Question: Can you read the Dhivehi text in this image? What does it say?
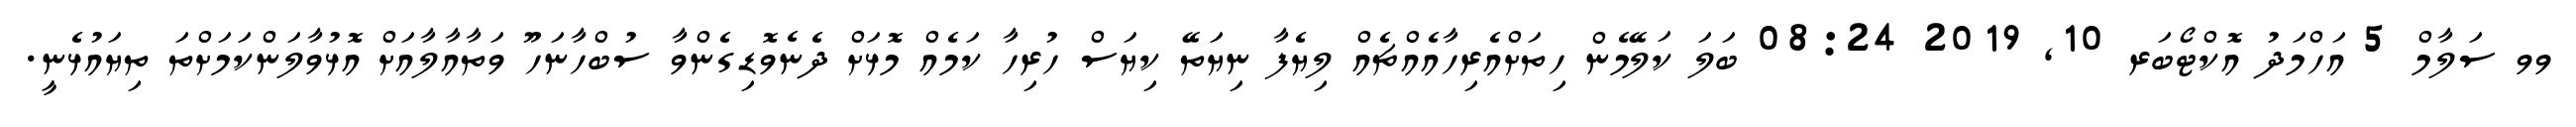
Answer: ވވ ސަލާމް 5 އަހްމަދު އޮކްޓޯބަރ 10, 2019 08:24 ބަލަ ކަލޭމެން ހިތަށްއެރިހާއެއްޗެއް ލިޔެފާ ނިޔަތޭ ކިޔަސް ހުރިހާ ކަމެއް މޮޅަށް ދެނެވޮޑިގެންވާ ސުބްހާނަހޫ ވަތާއާލާއަށް އޮޅުވާލަންކަމަށްތަ ތިޔައުޅެނީ.